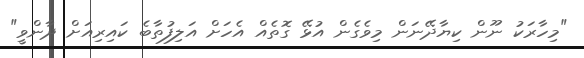
"މިހާރަކު ނޫން ކިޔާދޭނަން މިވެގެން އުޅޭ ގޮތެއް އެހަށް އަލިފުތާބެ ކައިރިއަށް ދާންވީ"